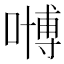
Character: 𠽢